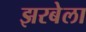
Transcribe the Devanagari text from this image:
झरबेला